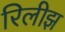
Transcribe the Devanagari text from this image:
रिलीझ